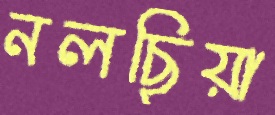
নলছিয়া